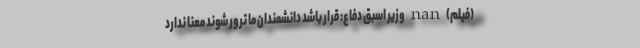
(فیلم) nan وزیر اسبق دفاع: قرار باشد دانشمندان ما ترور شوند معنا ندارد